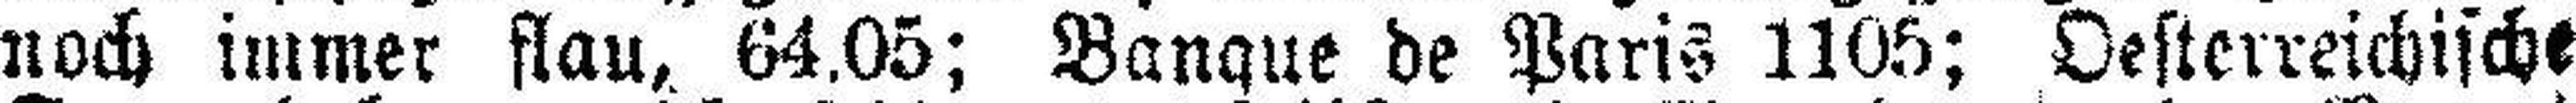
noch immer flau, 64.05; Banque de Paris 1105; Oesterreichische